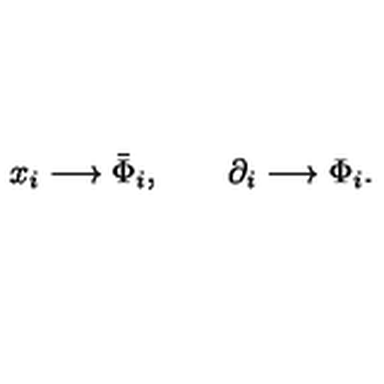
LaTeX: \begin{array} { l } { x _ { i } \longrightarrow \bar { \Phi } _ { i } , \qquad \partial _ { i } \longrightarrow \Phi _ { i } . } \\ \end{array}